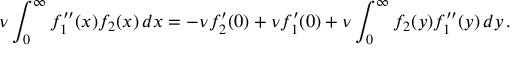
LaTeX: \nu \int _ { 0 } ^ { \infty } f _ { 1 } ^ { \prime \prime } ( x ) f _ { 2 } ( x ) \, d x = - \nu f _ { 2 } ^ { \prime } ( 0 ) + \nu f _ { 1 } ^ { \prime } ( 0 ) + \nu \int _ { 0 } ^ { \infty } f _ { 2 } ( y ) f _ { 1 } ^ { \prime \prime } ( y ) \, d y \, .